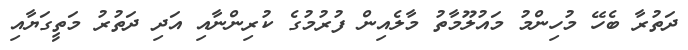
ދަތުރާ ބެހޭ މުހިންމު މައުލޫމާތު މާލެއިން ފުރުމުގެ ކުރިންނާއި އަދި ދަތުރު މަތީގަޔާއި